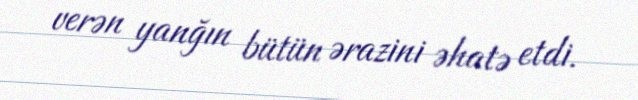
verən yanğın bütün ərazini əhatə etdi.